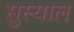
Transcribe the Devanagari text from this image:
सुस्याल